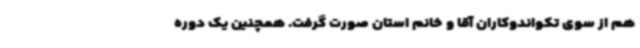
هم از سوی تکواندوکاران آقا و خانم استان صورت گرفت. همچنین یک دوره